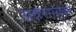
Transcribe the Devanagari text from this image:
अन्नरसयुक्त